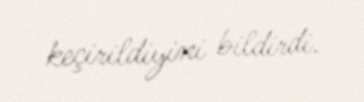
keçirildiyini bildirdi.